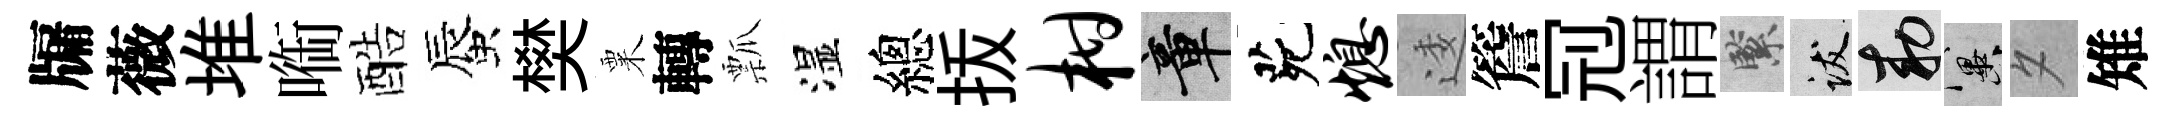
牖薇堆㗸酷蜃樊粟轉瓢湿總㧞柑章茕熄逶簷𠜍謂緊跋敕冀夕雉